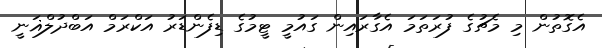
އެގޮތުން މި މެޗުގެ ފުރަތަމަ އެގާރައިން ގައުމީ ޓީމުގެ ޑިފެންޑަރު އަކްރަމް އަބްދުލްޣަނީ